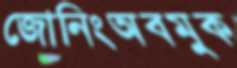
জোনিংঅবমুক